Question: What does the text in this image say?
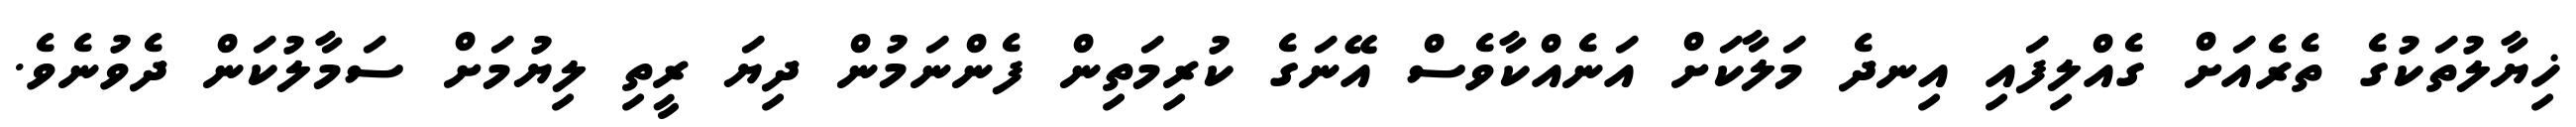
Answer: ޚިޔާލުތަކުގެ ތެރެއަށް ގެއްލިފައި އިނދެ މަލާކަށް އަނެއްކާވެސް އޭނަގެ ކުރިމަތިން ފެންނަމުން ދިޔަ ރީތި ލިޔުމަށް ސަމާލުކަން ދެވުނެވެ.